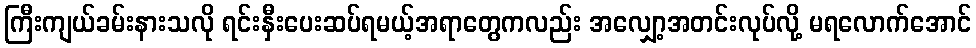
ကြီးကျယ်ခမ်းနားသလို ရင်းနှီးပေးဆပ်ရမယ့်အရာတွေကလည်း အလျှော့အတင်းလုပ်လို့ မရလောက်အောင်